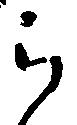
ら